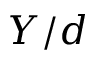
Y / d